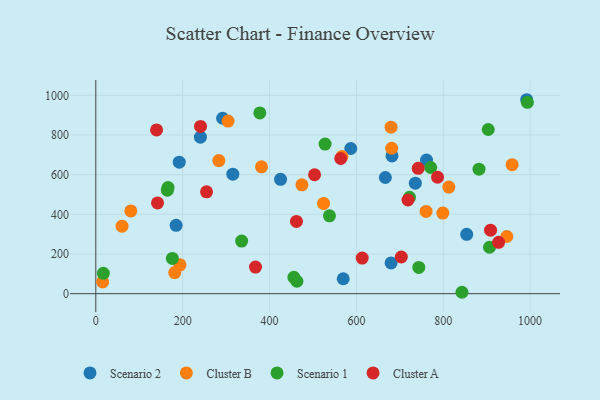
{"axis": {"x": "Distance", "y": "Exam Score"}, "legend": ["Cluster A", "Cluster B", "Scenario 1", "Scenario 2"], "data": [{"x": "569.7", "y": 75.3, "type": "Scenario 2"}, {"x": "679.9", "y": 154.9, "type": "Scenario 2"}, {"x": "587.1", "y": 732.0, "type": "Scenario 2"}, {"x": "735.7", "y": 557.3, "type": "Scenario 2"}, {"x": "184.9", "y": 344.4, "type": "Scenario 2"}, {"x": "682.0", "y": 694.7, "type": "Scenario 2"}, {"x": "992.1", "y": 977.8, "type": "Scenario 2"}, {"x": "292.0", "y": 884.5, "type": "Scenario 2"}, {"x": "240.9", "y": 788.9, "type": "Scenario 2"}, {"x": "315.5", "y": 602.6, "type": "Scenario 2"}, {"x": "192.1", "y": 663.1, "type": "Scenario 2"}, {"x": "425.4", "y": 576.3, "type": "Scenario 2"}, {"x": "854.0", "y": 299.0, "type": "Scenario 2"}, {"x": "666.7", "y": 585.6, "type": "Scenario 2"}, {"x": "761.5", "y": 673.8, "type": "Scenario 2"}, {"x": "304.5", "y": 870.1, "type": "Cluster B"}, {"x": "812.8", "y": 537.4, "type": "Cluster B"}, {"x": "181.7", "y": 106.6, "type": "Cluster B"}, {"x": "566.8", "y": 691.6, "type": "Cluster B"}, {"x": "524.4", "y": 455.2, "type": "Cluster B"}, {"x": "193.9", "y": 145.4, "type": "Cluster B"}, {"x": "381.6", "y": 639.6, "type": "Cluster B"}, {"x": "474.6", "y": 548.8, "type": "Cluster B"}, {"x": "760.5", "y": 414.8, "type": "Cluster B"}, {"x": "799.0", "y": 406.4, "type": "Cluster B"}, {"x": "15.7", "y": 59.4, "type": "Cluster B"}, {"x": "946.3", "y": 288.4, "type": "Cluster B"}, {"x": "681.3", "y": 733.2, "type": "Cluster B"}, {"x": "679.9", "y": 839.2, "type": "Cluster B"}, {"x": "283.3", "y": 671.2, "type": "Cluster B"}, {"x": "958.5", "y": 650.2, "type": "Cluster B"}, {"x": "60.4", "y": 340.1, "type": "Cluster B"}, {"x": "80.6", "y": 417.4, "type": "Cluster B"}, {"x": "166.3", "y": 534.7, "type": "Scenario 1"}, {"x": "903.6", "y": 827.8, "type": "Scenario 1"}, {"x": "176.3", "y": 177.6, "type": "Scenario 1"}, {"x": "722.3", "y": 486.0, "type": "Scenario 1"}, {"x": "456.1", "y": 82.4, "type": "Scenario 1"}, {"x": "463.1", "y": 62.7, "type": "Scenario 1"}, {"x": "17.4", "y": 102.4, "type": "Scenario 1"}, {"x": "993.7", "y": 964.8, "type": "Scenario 1"}, {"x": "538.0", "y": 392.5, "type": "Scenario 1"}, {"x": "906.5", "y": 234.0, "type": "Scenario 1"}, {"x": "743.7", "y": 132.6, "type": "Scenario 1"}, {"x": "527.9", "y": 754.1, "type": "Scenario 1"}, {"x": "164.8", "y": 521.7, "type": "Scenario 1"}, {"x": "882.3", "y": 627.5, "type": "Scenario 1"}, {"x": "377.6", "y": 911.5, "type": "Scenario 1"}, {"x": "771.1", "y": 636.2, "type": "Scenario 1"}, {"x": "335.8", "y": 265.0, "type": "Scenario 1"}, {"x": "843.1", "y": 7.1, "type": "Scenario 1"}, {"x": "613.4", "y": 179.4, "type": "Cluster A"}, {"x": "139.9", "y": 825.6, "type": "Cluster A"}, {"x": "503.7", "y": 599.5, "type": "Cluster A"}, {"x": "255.0", "y": 513.6, "type": "Cluster A"}, {"x": "908.9", "y": 320.3, "type": "Cluster A"}, {"x": "564.0", "y": 681.6, "type": "Cluster A"}, {"x": "927.5", "y": 259.1, "type": "Cluster A"}, {"x": "703.5", "y": 185.0, "type": "Cluster A"}, {"x": "367.7", "y": 133.9, "type": "Cluster A"}, {"x": "142.1", "y": 457.6, "type": "Cluster A"}, {"x": "742.3", "y": 632.2, "type": "Cluster A"}, {"x": "786.9", "y": 587.0, "type": "Cluster A"}, {"x": "462.0", "y": 364.5, "type": "Cluster A"}, {"x": "718.8", "y": 472.3, "type": "Cluster A"}, {"x": "241.1", "y": 843.1, "type": "Cluster A"}]}